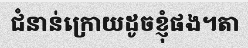
ជំនាន់ក្រោយដូចខ្ញុំផង។តា